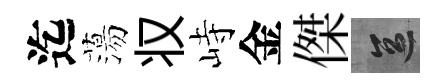
迄蕩𠬧峙金傑區